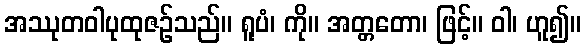
အဿုတဝါပုထုဇဉ်သည်။ ရူပံ၊ ကို။ အတ္တတော၊ ဖြင့်။ ဝါ၊ ဟူ၍။